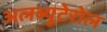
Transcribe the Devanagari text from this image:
अलब्यूटेरोल